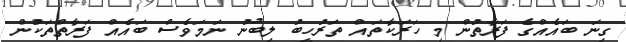
ގިނަ ބައެއްގެ ފަރާތުން މި ހަރަކާތައް ތަރުހީބު ލިބުނު ނަމަވެސް ބައެއް ފަރާތްތަކުން